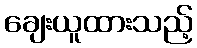
ချေးယူထားသည့်